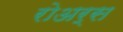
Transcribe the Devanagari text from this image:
रोअर्स